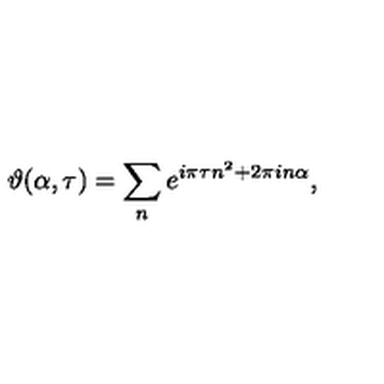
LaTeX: \vartheta ( \alpha , \tau ) = \sum _ { n } e ^ { i \pi \tau n ^ { 2 } + 2 \pi i n \alpha } ,